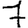
Digit: 7